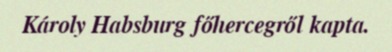
Károly Habsburg főhercegről kapta.